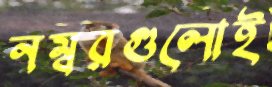
নম্বরগুলোই